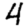
Digit: 4